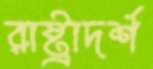
রাষ্ট্রাদর্শ